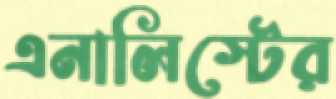
এনালিস্টের